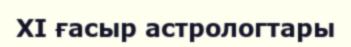
XI ғасыр астрологтары